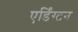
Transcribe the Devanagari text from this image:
एर्डिंग्टन